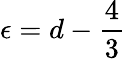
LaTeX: \epsilon=d-\frac{4}{3}